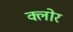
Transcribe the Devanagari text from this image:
क्लोर